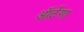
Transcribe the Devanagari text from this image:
ऑर्टेगा